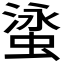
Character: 𬠘